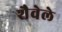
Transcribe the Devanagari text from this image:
शैवेले